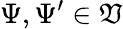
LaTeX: \Psi,\Psi^{\prime}\in\mathfrak{V}